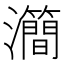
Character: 㶕